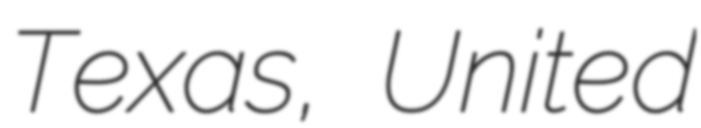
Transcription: Texas, United